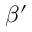
\beta ^ { \prime }